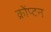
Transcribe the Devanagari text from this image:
क्रोंप्टन